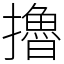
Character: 擼